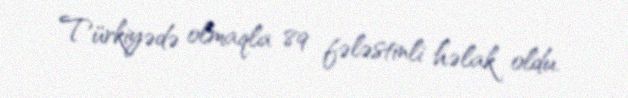
Türkiyədə olmaqla 89 fələstinli həlak oldu.